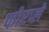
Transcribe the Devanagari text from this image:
फोरप्ले